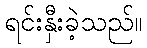
ရင်းနှီးခဲ့သည်။